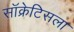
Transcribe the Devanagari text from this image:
सॉक्रेटिसला